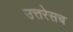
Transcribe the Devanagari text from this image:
उत्तरेसच